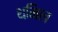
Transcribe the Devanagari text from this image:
थमिल